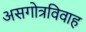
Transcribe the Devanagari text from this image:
असगोत्रविवाह